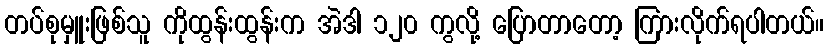
တပ်စုမှူးဖြစ်သူ ကိုထွန်းထွန်းက အဲဒါ ၁၂၀ ကွလို့ ပြောတာတော့ ကြားလိုက်ရပါတယ်။